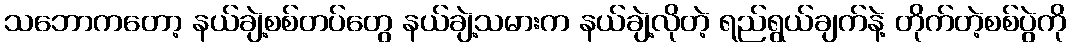
သဘောကတော့ နယ်ချဲ့စစ်တပ်တွေ နယ်ချဲ့သမားက နယ်ချဲ့လိုတဲ့ ရည်ရွယ်ချက်နဲ့ တိုက်တဲ့စစ်ပွဲကို